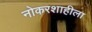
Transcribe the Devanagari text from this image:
नोकरशाहीला